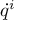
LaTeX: { \dot { q } } ^ { i }